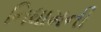
નિધામની